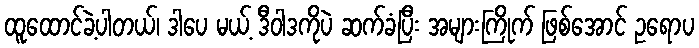
ထူထောင်ခဲ့ပါတယ်၊ ဒါပေ မယ့် ဒီဝါဒကိုပဲ ဆက်ခံပြီး အများကြိုက် ဖြစ်အောင် ဥရောပ